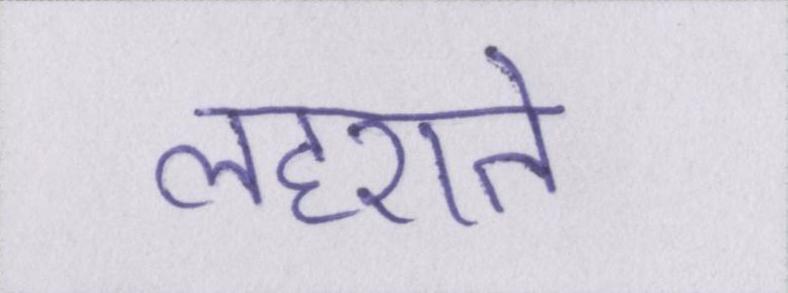
लहराते